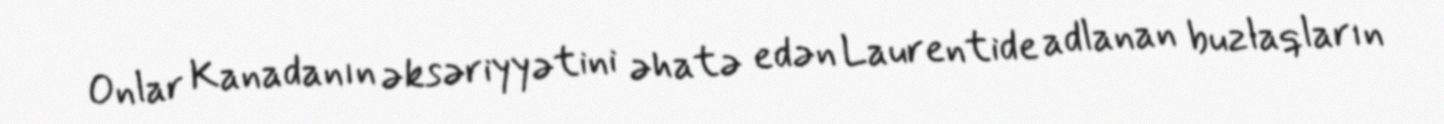
Onlar Kanadanın əksəriyyətini əhatə edən Laurentide adlanan buzlaqların